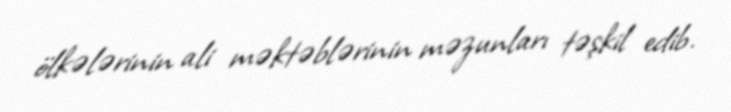
ölkələrinin ali məktəblərinin məzunları təşkil edib.